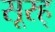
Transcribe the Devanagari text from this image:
सूरह्